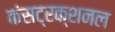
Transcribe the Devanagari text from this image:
कंसट्रक्शनल